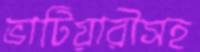
ভাটিয়ারীসহ